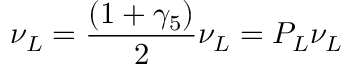
\nu _ { L } = { \frac { ( 1 + \gamma _ { 5 } ) } { 2 } } \nu _ { L } = P _ { L } \nu _ { L }